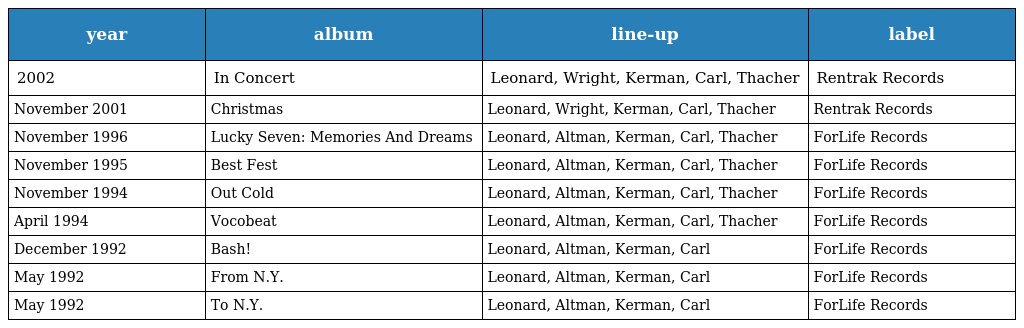
| year | album | line-up | label |
 | --- | --- | --- | --- |
 | 2002 | In Concert | Leonard, Wright, Kerman, Carl, Thacher | Rentrak Records |
 | November 2001 | Christmas | Leonard, Wright, Kerman, Carl, Thacher | Rentrak Records |
 | November 1996 | Lucky Seven: Memories And Dreams | Leonard, Altman, Kerman, Carl, Thacher | ForLife Records |
 | November 1995 | Best Fest | Leonard, Altman, Kerman, Carl, Thacher | ForLife Records |
 | November 1994 | Out Cold | Leonard, Altman, Kerman, Carl, Thacher | ForLife Records |
 | April 1994 | Vocobeat | Leonard, Altman, Kerman, Carl, Thacher | ForLife Records |
 | December 1992 | Bash! | Leonard, Altman, Kerman, Carl | ForLife Records |
 | May 1992 | From N.Y. | Leonard, Altman, Kerman, Carl | ForLife Records |
 | May 1992 | To N.Y. | Leonard, Altman, Kerman, Carl | ForLife Records |